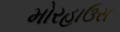
મોરહાઉસ